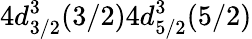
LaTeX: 4d_{3/2}^{3}(3/2)4d_{5/2}^{3}(5/2)